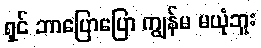
ရှင် ဘာပြောပြော ကျွန်မ မယုံဘူး